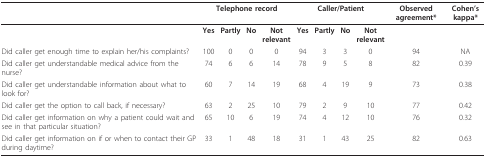
|  | <COLSPAN=4> Telephone record | <COLSPAN=4> Caller/Patient | Observed agreement* | Cohen's kappa* |
 | --- | --- | --- | --- | --- | --- | --- | --- | --- | --- | --- |
 |  | Yes | Partly | No | Not relevant | Yes | Partly | No | Not relevant |  |  |
 | Did caller get enough time to explain her/his complaints? | 100 | 0 | 0 | 0 | 94 | 3 | 3 | 0 | 94 | NA |
 | Did caller get understandable medical advice from the nurse? | 74 | 6 | 6 | 14 | 78 | 9 | 5 | 8 | 82 | 0.39 |
 | Did caller get understandable information about what to look for? | 60 | 7 | 14 | 19 | 68 | 4 | 19 | 9 | 73 | 0.38 |
 | Did caller get the option to call back, if necessary? | 63 | 2 | 25 | 10 | 79 | 2 | 9 | 10 | 77 | 0.42 |
 | Did caller get information on why a patient could wait and see in that particular situation? | 65 | 10 | 6 | 19 | 74 | 4 | 12 | 10 | 76 | 0.32 |
 | Did caller get information on if or when to contact their GP during daytime? | 33 | 1 | 48 | 18 | 31 | 1 | 43 | 25 | 82 | 0.63 |